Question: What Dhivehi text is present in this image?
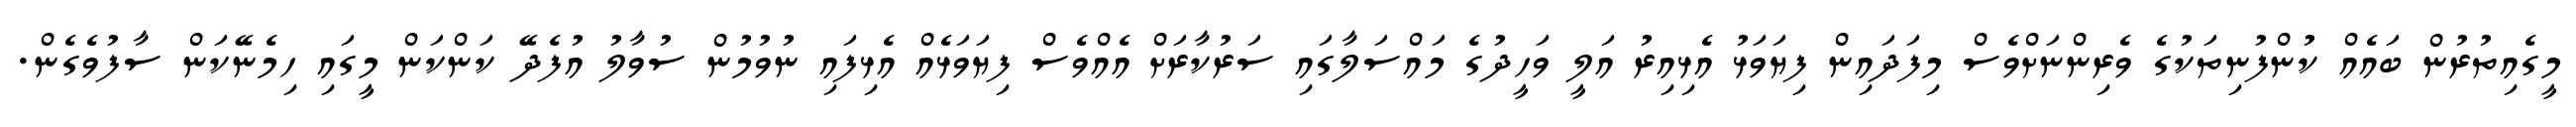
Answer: މީގެއިތުރުން ބައެއް ކުންފުނިތަކުގެ ވެރިންނަށްވެސް މިފަދައިން ފިޔަވަޅު އެޅިއިރު އަލީ ވަހީދުގެ މައްސަލާގައި ސަރުކާރަށް އެއްވެސް ފިޔަވަޅެއް އެޅިފައި ނުވުމުން ސުވާލު އުފެދޭ ކަންކަން މީގައި ހިމެނޭކަން ސާފުވެގެން.